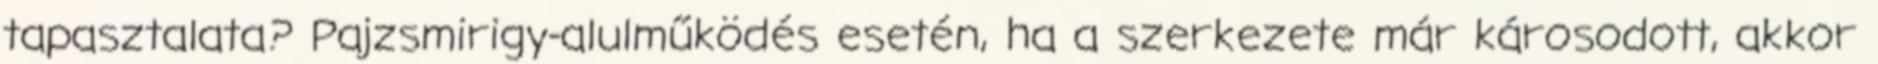
tapasztalata? Pajzsmirigy-alulműködés esetén, ha a szerkezete már károsodott, akkor